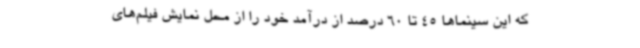
که این سینماها 45 تا 60 درصد از درآمد خود را از محل نمایش فیلم‌های